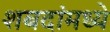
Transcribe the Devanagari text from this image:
शबदांमध्ये